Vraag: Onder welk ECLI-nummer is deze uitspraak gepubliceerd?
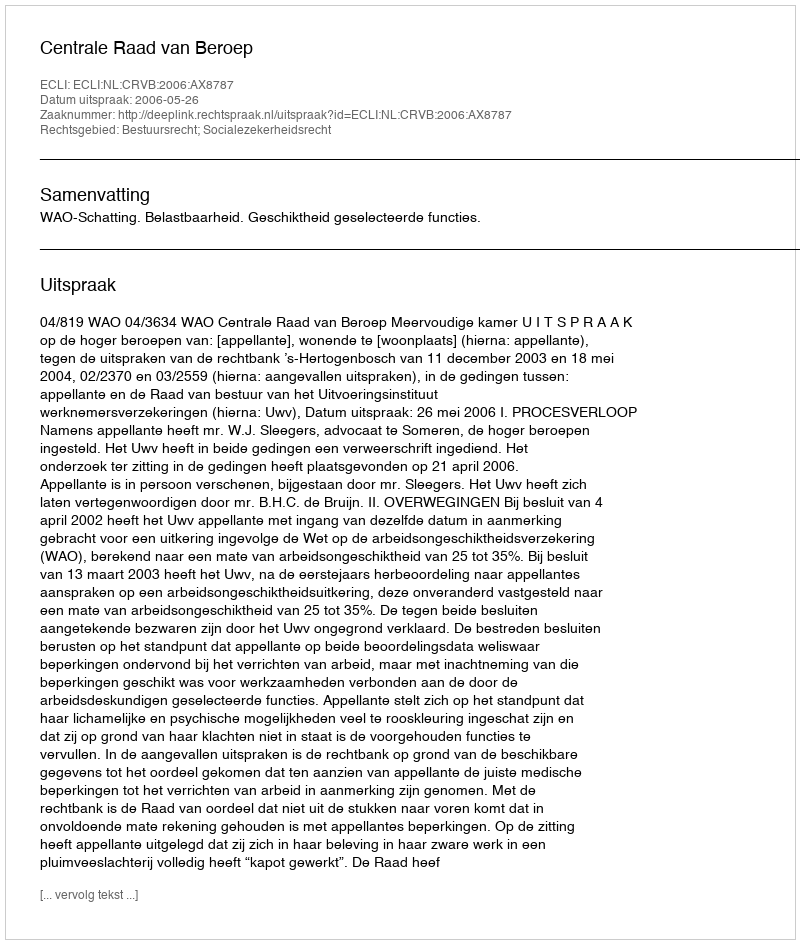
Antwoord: ECLI:NL:CRVB:2006:AX8787